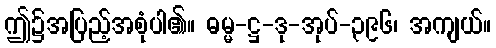
ဤ၌အပြည့်အစုံပါ၏။ ဓမ္မ-ဋ္ဌ-ဒု-အုပ်-၃၉၆၊ အကျယ်။